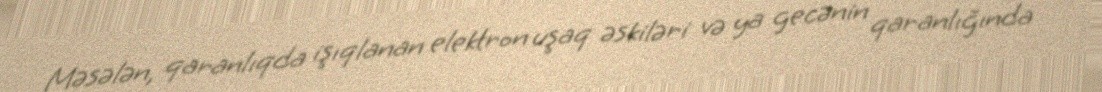
Məsələn, qaranlıqda işıqlanan elektron uşaq əskiləri və ya gecənin qaranlığında